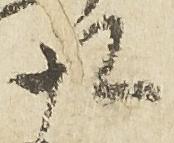
九